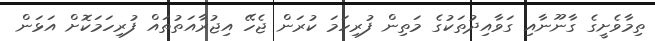
ތިމާވެށީގެ ގާނޫނާއި ގަވާއިދުތަކުގެ މަތިން ފުރިހަމަ ކުރަން ޖެހޭ އިޖުރާއަތުތައް ފުރިހަމަކޮށް އަޅަން